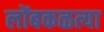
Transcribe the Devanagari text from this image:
लोंबकळत्या